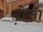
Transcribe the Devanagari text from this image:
ढ़ोता